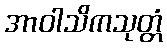
အာဝါသိကသုတ္တံ